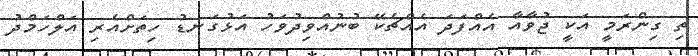
ތި ގިންރަމީ އަކީ ޖުވާއާ އެއްފަދަ އެއްޗެކޭ ބުނުއްވިދުވަހު އަޅުގަނޑު ހިތަށްއެރި އަލްހަމްދު